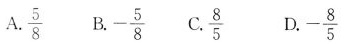
A.\frac{5}{8} B. - \frac{5}{8} c. \frac{8}{5} D. - \frac{8}{5}